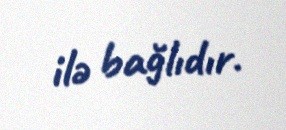
ilə bağlıdır.